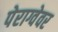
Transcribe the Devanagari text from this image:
पेराग्वेवर